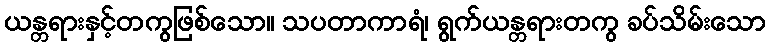
ယန္တရားနှင့်တကွဖြစ်သော။ သပတာကာရံ၊ ရွက်ယန္တရားတကွ ခပ်သိမ်းသော